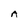
Character: A